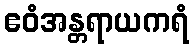
ဧဝံအန္တရာယကရံ